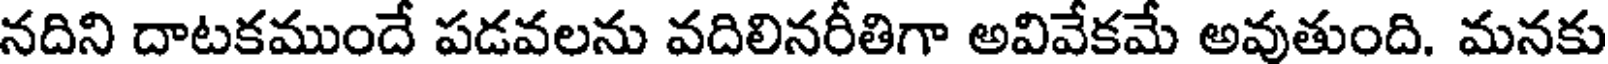
నదిని దాటకముందే పడవలను వదిలినరీతిగా అవివేకమే అవుతుంది. మనకు